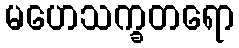
မဟေသက္ခတရော